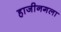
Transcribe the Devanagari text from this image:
हाजीनगला